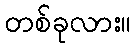
တစ်ခုလား။